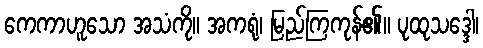
ကေကာဟူသော အသံကို။ အကရုံ၊ မြည်ကြကုန်၏။ ပုထုသဒ္ဒေါ၊